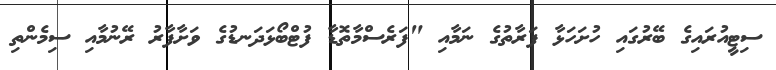
ސިޓީއުރައިގެ ބޭރުގައި ހުށަހަޅާ ފަރާތުގެ ނަމާއި "ފަރެސްމާތޮޑާ ފުޓްބޯޅަދަނޑުގެ ވަށާފާރު ރޭނުމާއި ސިމެންތި